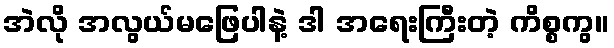
အဲလို အလွယ်မဖြေပါနဲ့ ဒါ အရေးကြီးတဲ့ ကိစ္စကွ။